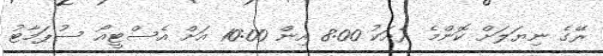
ރޭގެ ނިޔަލަށް ކޮންމެ ރެއަކު 8:00 އިން 10:00 އަށް އެސްޓީއޯ ސުޕަމާޓު